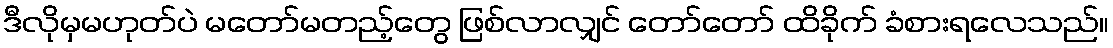
ဒီလိုမှမဟုတ်ပဲ မတော်မတည့်တွေ ဖြစ်လာလျှင် တော်တော် ထိခိုက် ခံစားရလေသည်။